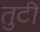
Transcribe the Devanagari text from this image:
तुटी